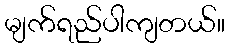
မျက်ရည်ပါကျတယ်။